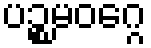
ပဉ္စမဝဂ္ဂေ